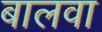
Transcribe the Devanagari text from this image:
बालवा